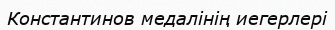
Константинов медалінің иегерлері